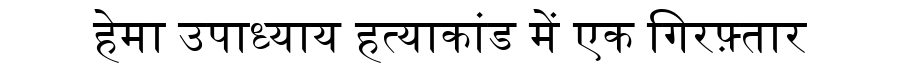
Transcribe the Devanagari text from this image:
हेमा उपाध्याय हत्याकांड में एक गिरफ़्तार